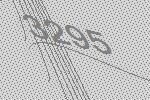
3295